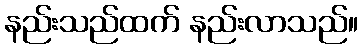
နည်းသည်ထက် နည်းလာသည်။